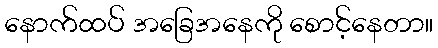
နောက်ထပ် အခြေအနေကို စောင့်နေတာ။